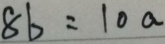
8 b = 1 0 a